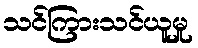
သင်ကြားသင်ယူမှု